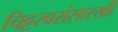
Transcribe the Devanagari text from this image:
चिट्टस्वरांसारखी